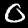
Digit: 0